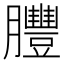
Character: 𦣂